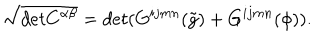
\sqrt { d e t C ^ { \alpha \beta } } = d e t ( G ^ { i j m n } ( \tilde { g } ) + G ^ { i j m n } ( \phi ) ) .